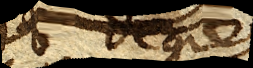
18 degrez